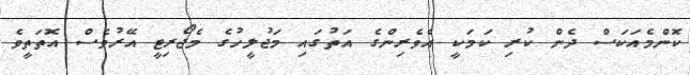
ކޮންމެއަކަސް ދެން ކުރި ކަމަކީ އެވެރިންގެ އަތުގައި މަޖުލީހުގެ މެޖޯރިޓީ އޭރުވެސް އޮތަތީވެ